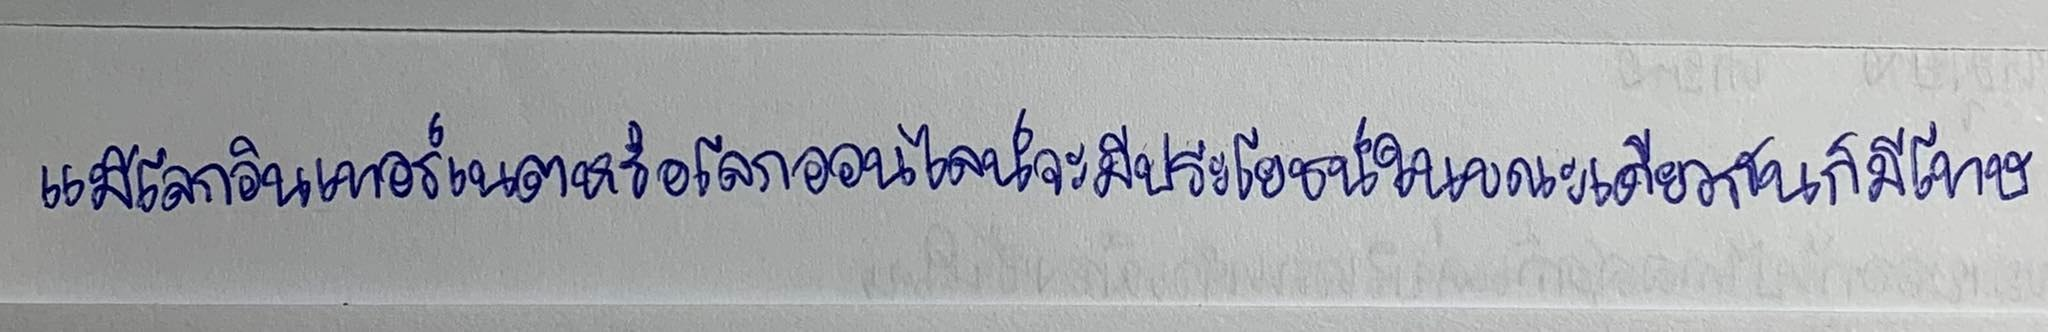
แม้โลกอินเทอร์เนตหรือโลกออนไลน์จะมีประโยชน์ในขณะเดียวกันก็มีโทษ